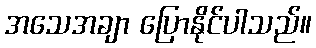
အသေအချာ ပြောနိုင်ပါသည်။